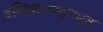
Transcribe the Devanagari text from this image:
दण्डितभण्डनभूत